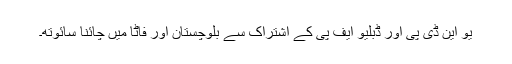
یو این ڈی پی اور ڈبلیو ایف پی کے اشتراک سے بلوچستان اور فاٹا میں چائنا سائوتھ۔